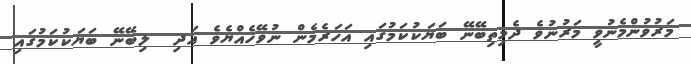
މަރުވުންމެނުވީ މަރުނުވެ ދެމިތިބޭނޭ ބަޔަކުކަމުގައި އަހަރެމެން ނުވޭހެއްޔެވެ އަދި  ލިބޭނޭ ބަޔަކުކަމުގައި